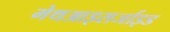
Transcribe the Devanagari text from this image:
मेथआइसर्जाइड